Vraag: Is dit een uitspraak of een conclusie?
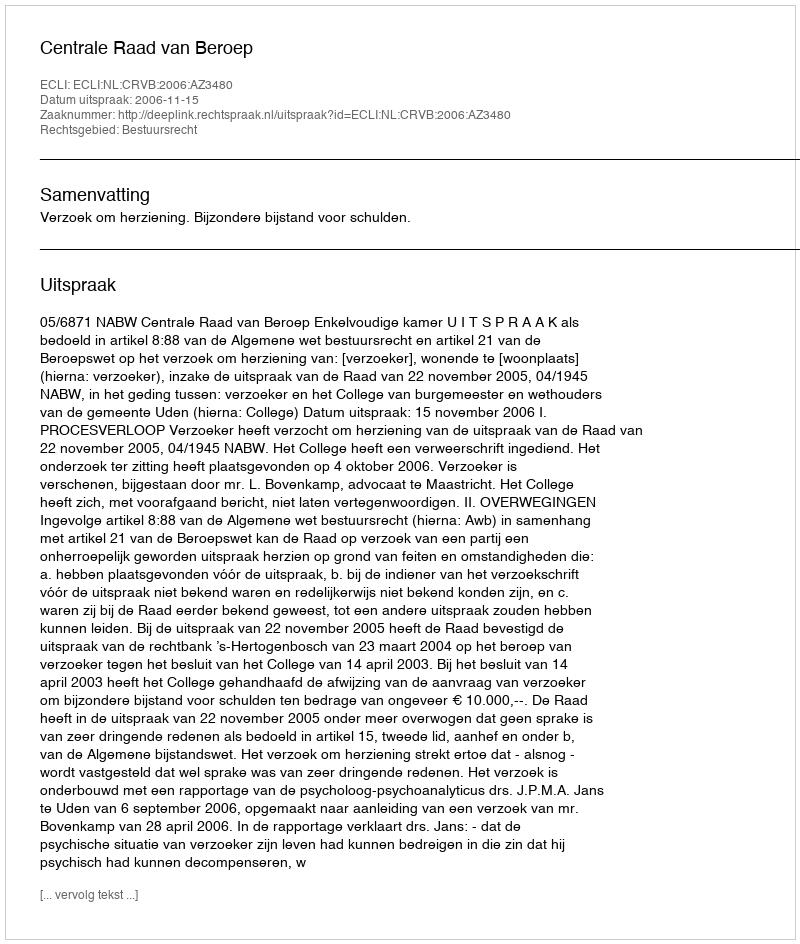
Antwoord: Uitspraak